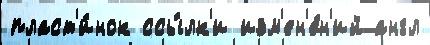
пласт'и́нок ссы́лк'и изм'ен'е́н'ий англ